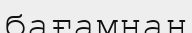
бағамнан